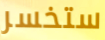
ستخسر